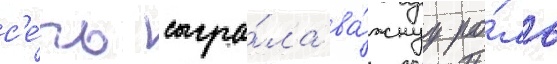
с'е́чь сыгра́ла ва́жнуу ро́ль